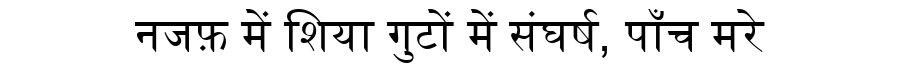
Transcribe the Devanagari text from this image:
नजफ़ में शिया गुटों में संघर्ष, पाँच मरे